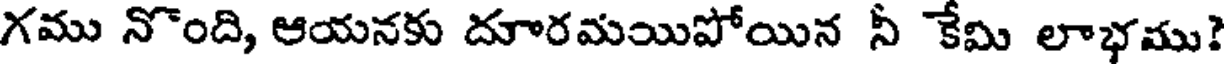
గము నొంది, ఆయనకు దూరమయిపోయిన నీ కేమి లాభము?